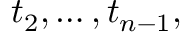
t _ { 2 } , \ldots , t _ { n - 1 } ,